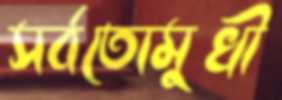
সর্বতোমুখী